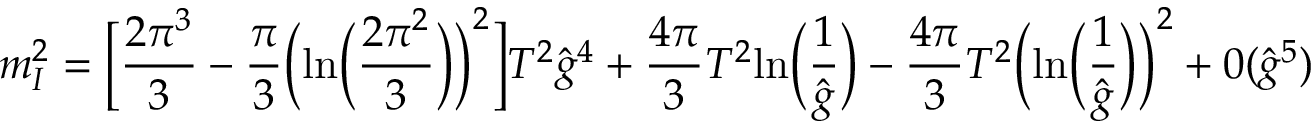
m _ { I } ^ { 2 } = \Bigl [ { \frac { 2 \pi ^ { 3 } } { 3 } } - { \frac { \pi } { 3 } } \Big ( \mathrm { l n } \Big ( { \frac { 2 \pi ^ { 2 } } { 3 } } \Big ) \Big ) ^ { 2 } \Big ] T ^ { 2 } { \hat { g } } ^ { 4 } + { \frac { 4 \pi } { 3 } } T ^ { 2 } \mathrm { l n } \Big ( { \frac { 1 } { \hat { g } } } \Big ) - { \frac { 4 \pi } { 3 } } T ^ { 2 } \Big ( \mathrm { l n } \Big ( { \frac { 1 } { \hat { g } } } \Big ) \Big ) ^ { 2 } + 0 ( { \hat { g } } ^ { 5 } )